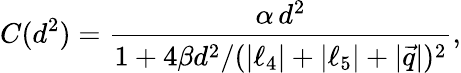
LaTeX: C(d^{2})={\frac{\alpha\, d^{2}}{1+4\beta d^{2}/(|\ell_{4}|+|\ell_{5}|+|\vec{q}|)^{2}}},